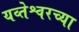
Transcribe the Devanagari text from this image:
यव्तेश्वरच्या